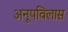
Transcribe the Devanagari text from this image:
अनूपविलास